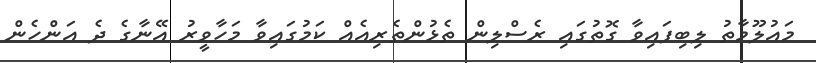
މައުލޫމާތު ލިބިފައިވާ ގޮތުގައި ރެސްލިން ތެޅުންތެރިއެއް ކަމުގައިވާ މަހާވީރު އޭނާގެ ދެ އަންހެން